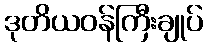
ဒုတိယဝန်ကြီးချုပ်